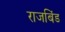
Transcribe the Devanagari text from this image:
राजबिंड